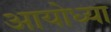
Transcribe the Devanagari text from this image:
अायोध्या